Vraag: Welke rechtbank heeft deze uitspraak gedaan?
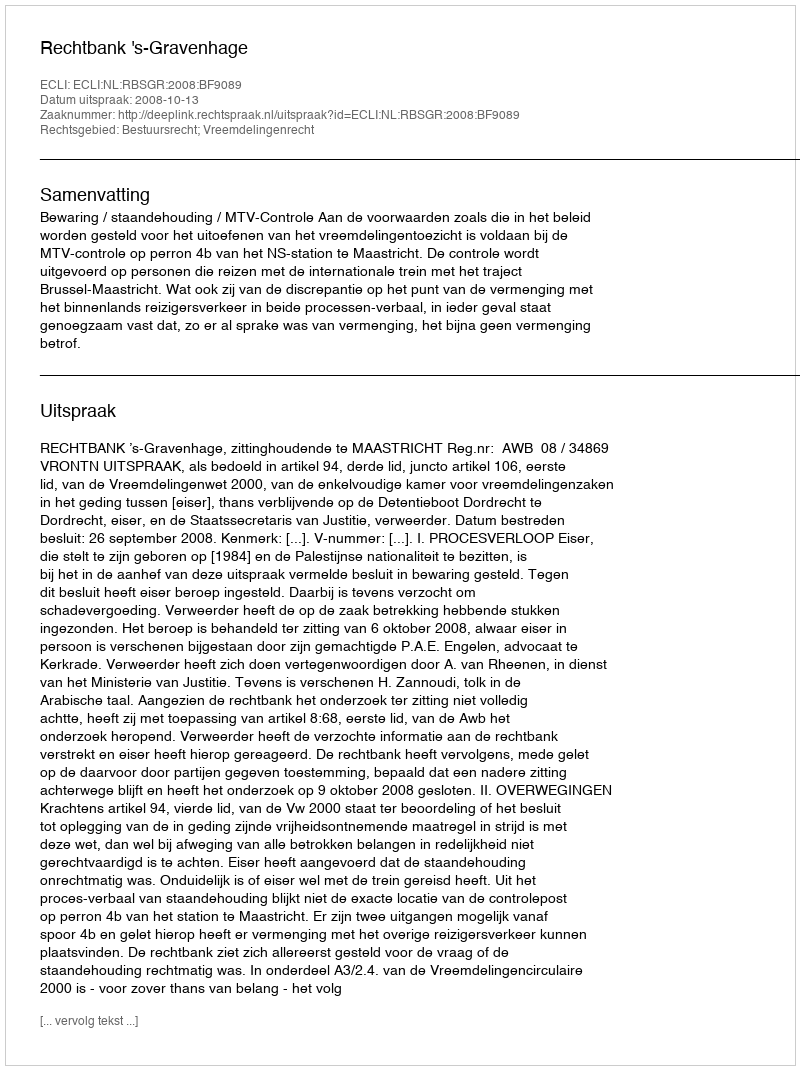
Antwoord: Rechtbank 's-Gravenhage